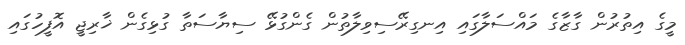
މީގެ އިތުރުން ގާޒާގެ މައްސަލާގައި އިނގިރޭސިވިލާތުން ގެންގުޅޭ ސިޔާސަތާ ގުޅިގެން ޚާރިޖީ އޮފީހުގައި